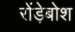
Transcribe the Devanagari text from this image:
रोंड़ेबोश